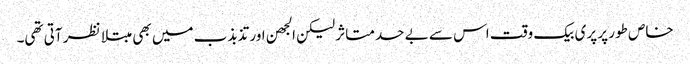
خاص طور پر پری بیک وقت اس سے بے حد متاثر لیکن الجھن اور تذبذب میں بھی مبتلا نظر آتی تھی۔